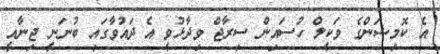
އެ ކޮމިޝަންގެ ވަކީލް ހުސައިން ސިރާޖް ވިދާޅުވީ އެ ދައުވާގައި ބުނަނީ ޖިނާއީ